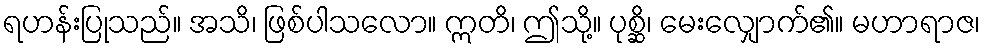
ရဟန်းပြုသည်။ အသိ၊ ဖြစ်ပါသလော။ ဣတိ၊ ဤသို့။ ပုစ္ဆိ၊ မေးလျှောက်၏။ မဟာရာဇ၊